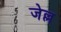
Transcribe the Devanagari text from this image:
जेल्ल